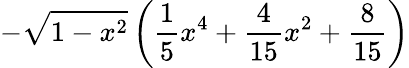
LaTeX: -\sqrt{1-x^{2}}\left(\frac{1}{5}x^{4}+\frac{4}{15}x^{2}+\frac{8}{15}\right)